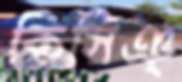
কিসিঞ্